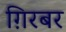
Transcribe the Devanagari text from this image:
ग़िरबर